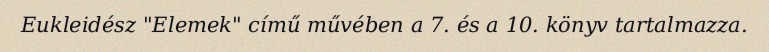
Eukleidész "Elemek" című művében a 7. és a 10. könyv tartalmazza.